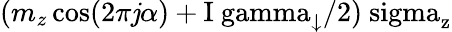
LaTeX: (m_{z}\cos(2\pi\mathit{j}\alpha)+\mathrm{{I\ gamma_{\downarrow}/2)\ sigma_{z}}}